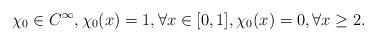
LaTeX: \begin{align*} \chi_0 \in C^\infty, \chi_0 (x) = 1, \forall x \in [0,1], \chi_0(x) = 0, \forall x \ge 2. \end{align*}